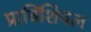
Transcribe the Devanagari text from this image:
प्राविंशियल